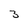
Character: 3